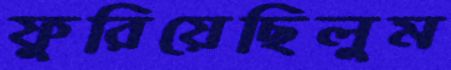
ফুরিয়েছিলুম